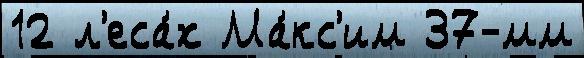
12 л'еса́х Ма́кс'им 37-мм